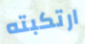
ارتكبته